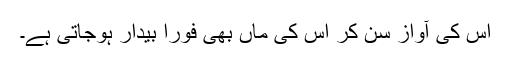
اس کی آواز سن کر اس کی ماں بھی فوراً بیدار ہوجاتی ہے۔